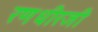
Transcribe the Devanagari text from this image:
रणधीरजी